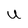
Character: U